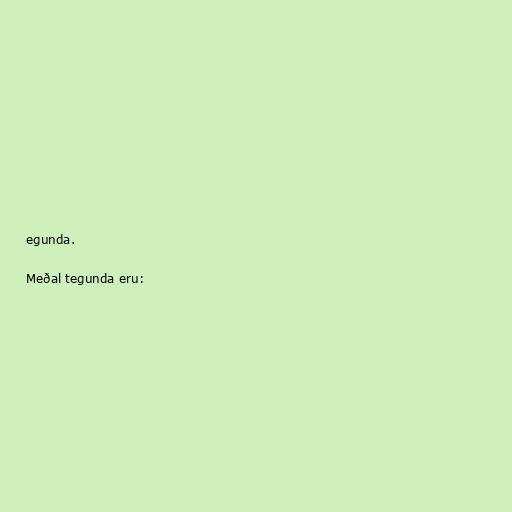
egunda.

Meðal tegunda eru: